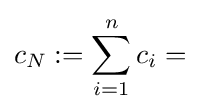
c_{N}:=\sum _{i=1}^{n}c_{i}=